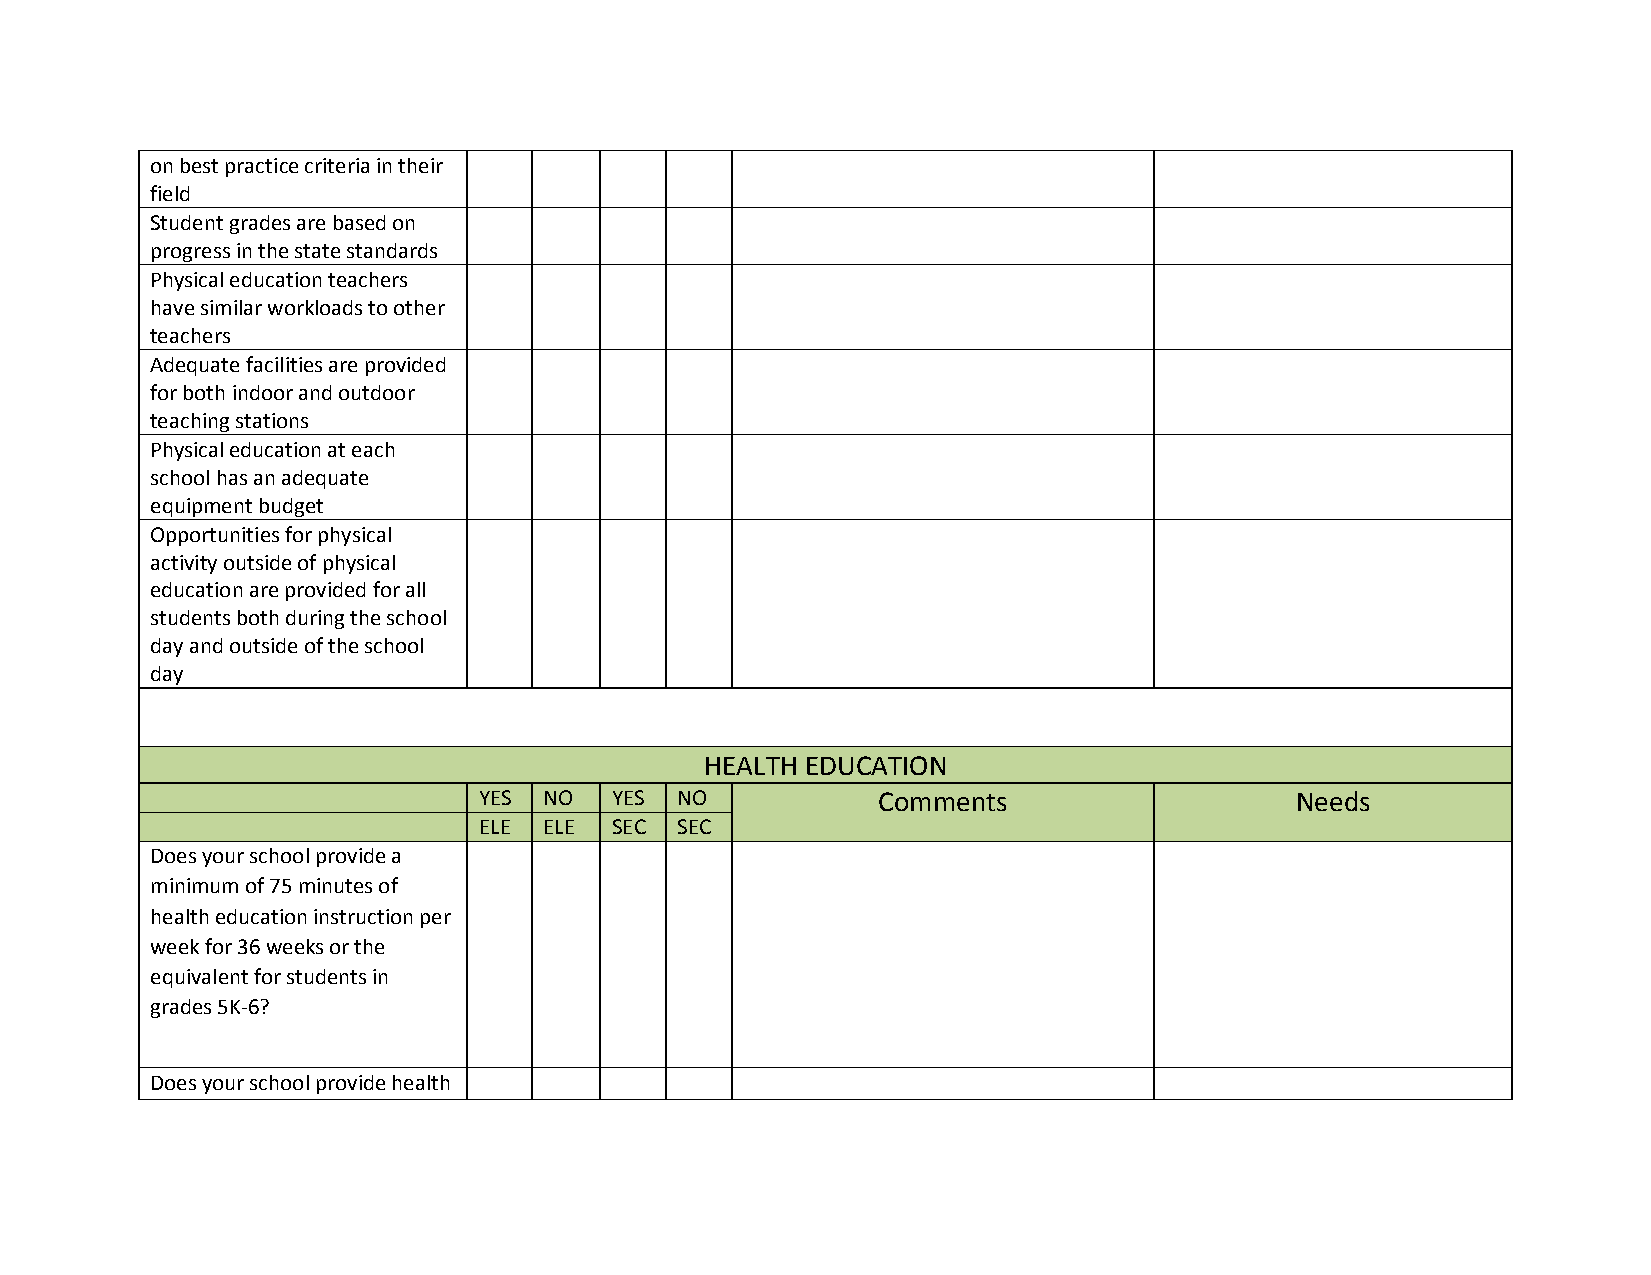
on best practice criteria in their
 field
 Student grades are based on
 progress in the state standards
 Physical education teachers
 have similar workloads to other
 teachers
 Adequate facilities are provided
 for both indoor and outdoor
 teaching stations
 Physical education at each
 school has an adequate
 equipment budget
 Opportunities for physical
 activity outside of physical
 education are provided for all
 students both during the school
 day and outside of the school
 day
 HEALTH EDUCATION
 YES NO  YES  NO           Comments                    Needs
 ELE ELE SEC  SEC
 Does your school provide a
 minimum of 75 minutes of
 health education instruction per
 week for 36 weeks or the
 equivalent for students in
 grades 5K-6?
 Does your school provide health